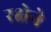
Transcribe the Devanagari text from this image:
रक्षेने